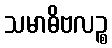
သမာဓိဗလဉ္စ